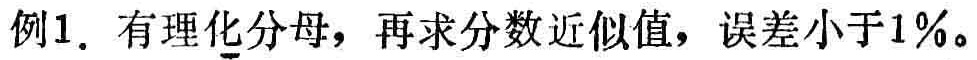
例1. 有理化分母，再求分数近似值，误差小于1%。